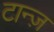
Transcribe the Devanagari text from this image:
टान्ज़